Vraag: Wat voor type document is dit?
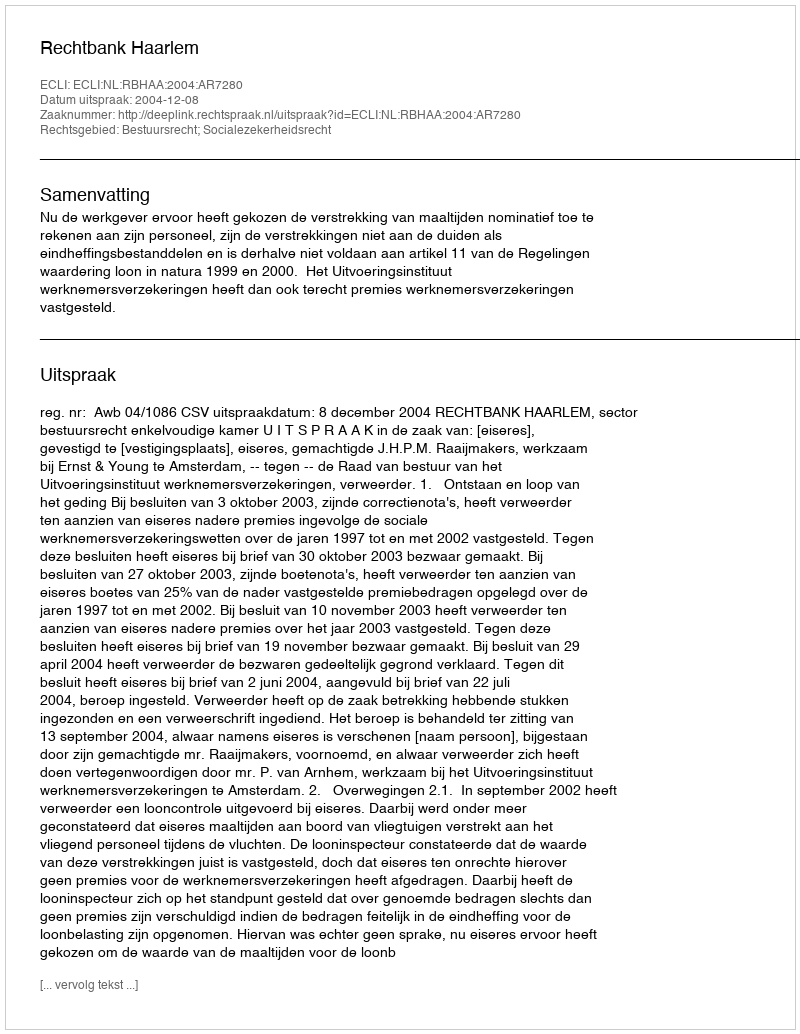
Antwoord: Uitspraak